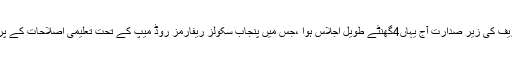
2016ء)وزیراعلیٰ پنجاب محمد شہباز شریف کی زیر صدارت آج یہاں4گھنٹے طویل اجلاس ہوا ،جس میں پنجاب سکولز ریفارمز روڈ میپ کے تحت تعلیمی اصلاحات کے پروگرام پر پیشرفت کا تفصیلی جائزہ لیا گیا۔